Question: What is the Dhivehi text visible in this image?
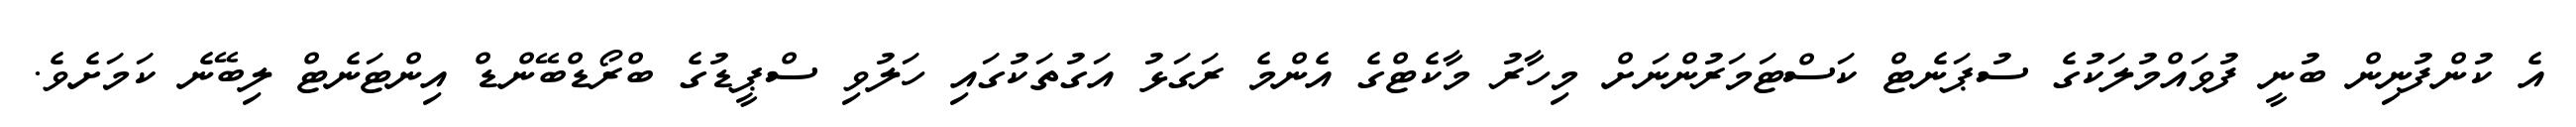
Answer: އެ ކުންފުނިން ބުނީ ފުވައްމުލަކުގެ ސުޕަނެޓް ކަސްޓަމަރުންނަށް މިހާރު މާކެޓްގެ އެންމެ ރަގަޅު އަގުތަކުގައި ހަލުވި ސްޕީޑުގެ ބްރޯޑްބޭންޑް އިންޓަނެޓް ލިބޭނެ ކަމަށެވެ.